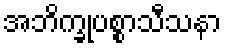
အဘိက္ခုပစ္စာသီသနာ